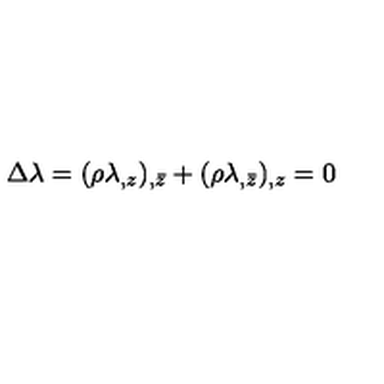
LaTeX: \Delta \lambda = ( \rho \lambda _ { , z } ) _ { , \bar { z } } + ( \rho \lambda _ { , \bar { z } } ) _ { , z } = 0